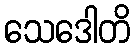
သေဒေါတိ